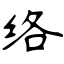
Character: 络